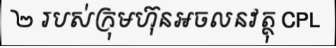
២ របស់ក្រុមហ៊ុនអចលនវត្ថុ CPL